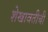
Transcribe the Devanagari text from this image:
शेखावतीची